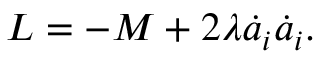
L = - M + 2 \lambda \dot { a } _ { i } \dot { a } _ { i } .